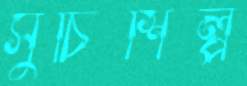
সুচিশিল্প